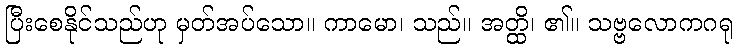
ပြီးစေနိုင်သည်ဟု မှတ်အပ်သော။ ကာမော၊ သည်။ အတ္ထိ၊ ၏။ သဗ္ဗလောကဂရု